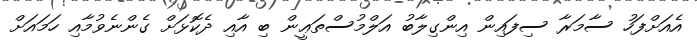
އެއަށްފަހު ސާމަރާ ސިފައިން އިންގިލާބު އަލްމުސްތަޢީން ބި އާއި ދެކޮޅަށް ގެންނެވުމާއި ހަމައަށް